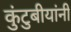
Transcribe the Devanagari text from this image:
कुंटुबीयांनी